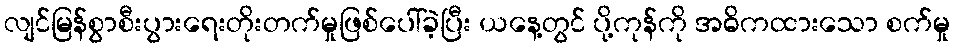
လျင်မြန်စွာစီးပွားရေးတိုးတက်မှုဖြစ်ပေါ်ခဲ့ပြီး ယနေ့တွင် ပို့ကုန်ကို အဓိကထားသော စက်မှု